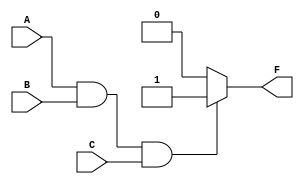
module CONDITION(A, B, C, F);

    input A, B, C;
    output F;

    assign F = (A & B & C) ? 1'b1 : 1'b0;

endmodule